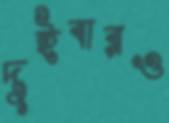
দুইবারও